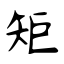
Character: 矩